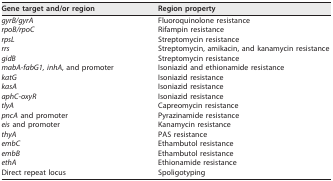
<table><thead><tr><td><b>Gene target and/or region</b></td><td><b>Region property</b></td></tr></thead><tbody><tr><td><i>gyrB/gyrA</i></td><td>Fluoroquinolone resistance</td></tr><tr><td><i>rpoB/rpoC</i></td><td>Rifampin resistance</td></tr><tr><td><i>rpsL</i></td><td>Streptomycin resistance</td></tr><tr><td><i>rrs</i></td><td>Streptomycin, amikacin, and kanamycin resistance</td></tr><tr><td><i>gidB</i></td><td>Streptomycin resistance</td></tr><tr><td><i>mabA-fabG1, inhA</i>, and promoter</td><td>Isoniazid and ethionamide resistance</td></tr><tr><td><i>katG</i></td><td>Isoniazid resistance</td></tr><tr><td><i>kasA</i></td><td>Isoniazid resistance</td></tr><tr><td><i>aphC-oxyR</i></td><td>Isoniazid resistance</td></tr><tr><td><i>tlyA</i></td><td>Capreomycin resistance</td></tr><tr><td><i>pncA</i> and promoter</td><td>Pyrazinamide resistance</td></tr><tr><td><i>eis</i> and promoter</td><td>Kanamycin resistance</td></tr><tr><td><i>thyA</i></td><td>PAS resistance</td></tr><tr><td><i>embC</i></td><td>Ethambutol resistance</td></tr><tr><td><i>embB</i></td><td>Ethambutol resistance</td></tr><tr><td><i>ethA</i></td><td>Ethionamide resistance</td></tr><tr><td>Direct repeat locus</td><td>Spoligotyping</td></tr></tbody></table>